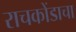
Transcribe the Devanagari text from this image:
राचकोंडाचा